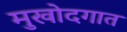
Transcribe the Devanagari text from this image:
मुखोदगात